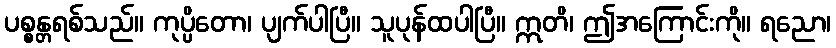
ပစ္စန္တရစ်သည်။ ကုပ္ပိတော၊ ပျက်ပါပြီ။ သူပုန်ထပါပြီ။ ဣတိ၊ ဤအကြောင်းကို။ ရညော၊